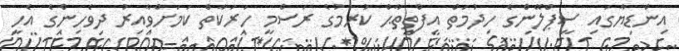
އިންޑިޔާގައި ސީޕްލޭންގެ ހިދުމަތް އިފްތިތާޙް ކުރުމުގެ ރަސްމީ ހަރަކާތް ކަމަށްވާއިރު ދިވެހިންގެ އެހީ